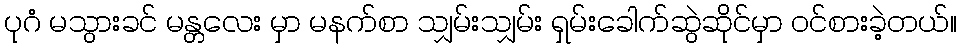
ပုဂံ မသွားခင် မန္တလေး မှာ မနက်စာ သျှမ်းသျှမ်း ရှမ်းခေါက်ဆွဲဆိုင်မှာ ဝင်စားခဲ့တယ်။